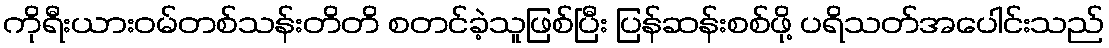
ကိုရီးယားဝမ်တစ်သန်းတိတိ စတင်ခဲ့သူဖြစ်ပြီး ပြန်ဆန်းစစ်ဖို့ ပရိသတ်အပေါင်းသည်